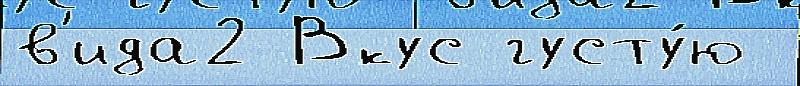
в'ида2 Вкус густу́ю